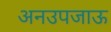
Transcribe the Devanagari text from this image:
अनउपजाऊ